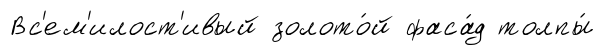
Вс'ем'илост'ивый золото́й фаса́д толпы́